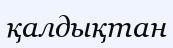
қалдықтан